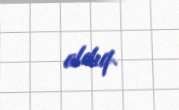
aldıq.